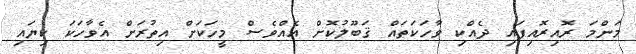
މަންމަ ރޮއިރޮއިފައި ދެއްކި ވާހަކަތައް ޤަބޫލުކޮށް އެއްވެސް މީހަކަށް އިތުރަށް އެވާހަކަ ކިޔައި